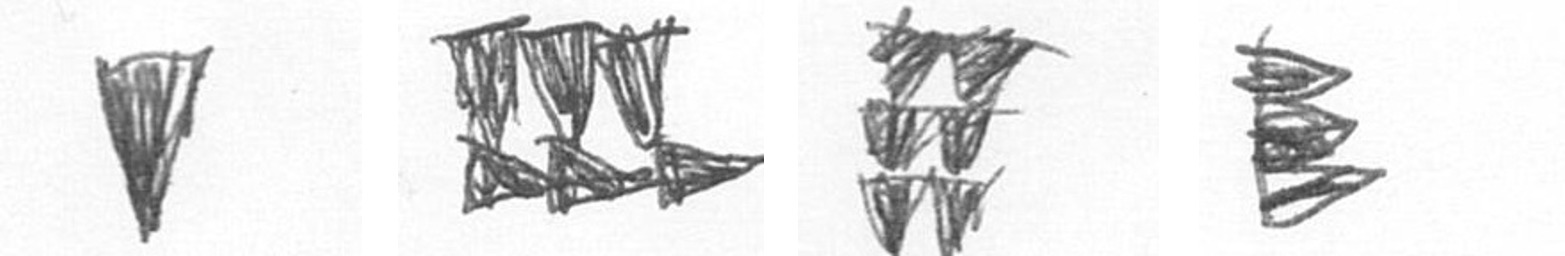
J D Y H